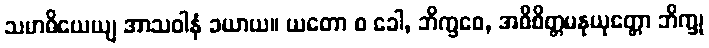
သမာဓိယေယျ အာသဝါနံ ခယာယ။ ယတော စ ခေါ, ဘိက္ခဝေ, အဓိစိတ္တမနုယုတ္တော ဘိက္ခု